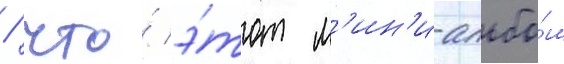
/ что́ э́тот м'ин'и-альбо́м